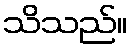
သိသည်။